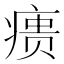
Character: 𰣶